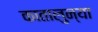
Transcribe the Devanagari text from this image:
कातालुन्या